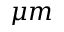
\mu m